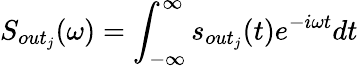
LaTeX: S_{out_{j}}(\omega)=\int_{-\infty}^{\infty}s_{out_{j}}(t)e^{-i\omega t}dt